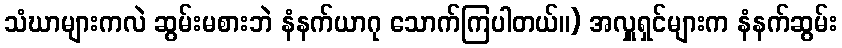
သံဃာများကလဲ ဆွမ်းမစားဘဲ နံနက်ယာဂု သောက်ကြပါတယ်။) အလှူရှင်များက နံနက်ဆွမ်း